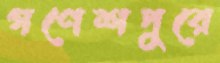
গণেশপুরে